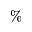
\%